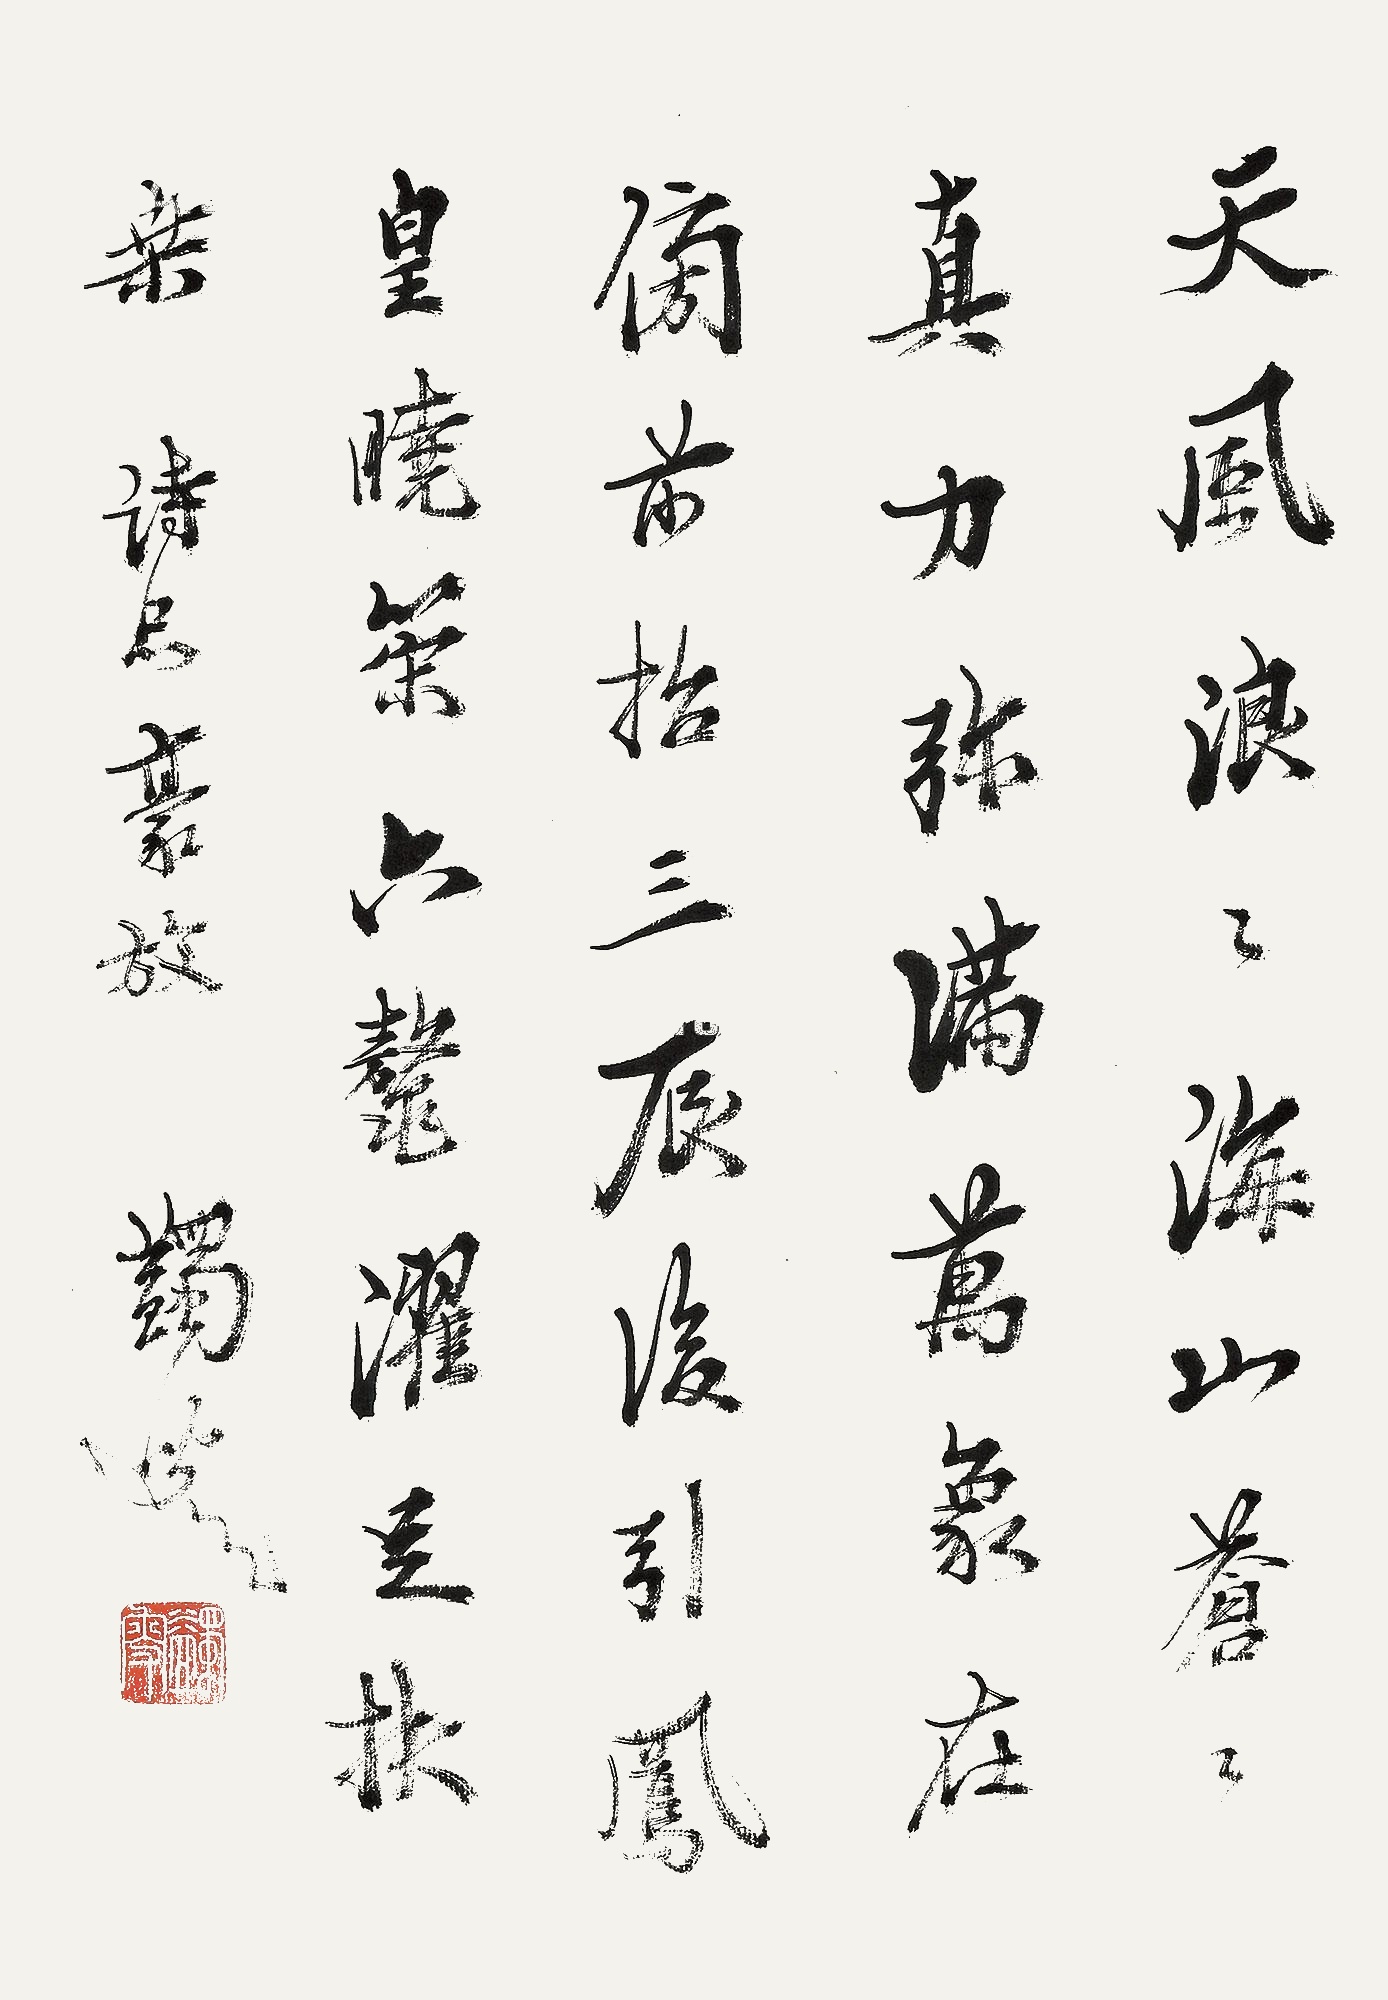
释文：天风浪浪，海山苍苍。真力弥满，万象在傍。前招三辰，后引凤皇。晓策六鳌，濯足扶桑。《诗品·豪放》。《诗品·豪放》。蠲叟。